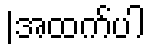
|အထက်ပါ